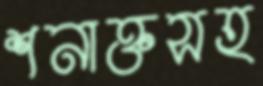
শনাক্তসহ